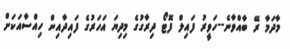
މާދަމާ ރޭ ބާއްވާނެ--ހަވީރު ފައިލް ފޮޓޯ ދިރާގުގެ މިދިޔަ އަހަރުގެ ފައިދާއިން ހިއްސާއަކަށް